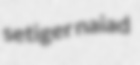
setiger naiad